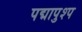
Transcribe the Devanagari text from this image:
पद्मापुश्प